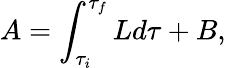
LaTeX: A=\int_{\tau_{i}}^{\tau_{f}}Ld\tau+B,